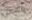
مهمن